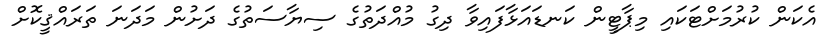
އެކަން ކުރުމަށްޓަކައި މިޕާޓީން ކަނޑައަޅާފައިވާ ދިގު މުއްދަތުގެ ސިޔާސަތުގެ ދަށުން މަދަނަ ތަރައްޤީކޮށް